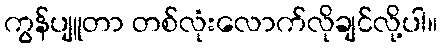
ကွန်ပျူတာ တစ်လုံးလောက်လိုချင်လို့ပါ။